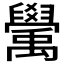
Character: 𥝊